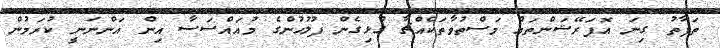
ތަފާތު ގިނަ އޮޕަރޭޝަންތައް މަސްތުވާތަކެއްޗާ ގުޅިގެން ފުލުހުންގެ މުއައްސަސާ އިން އަންނަނީ ކުރަމުން